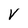
Character: V